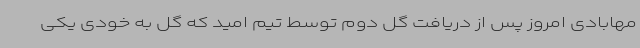
مهابادی امروز پس از دریافت گل دوم توسط تیم امید که گل به خودی یکی